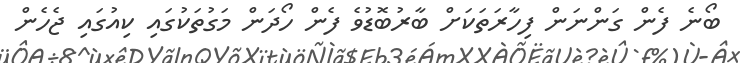
ބޯނެ ފެން ގަންނަން ފިހާރަތަކަށް ބާރުބޮޑުވެ ފެން ހޯދަން މަގުތަކުގައި ކިއުގައި ޖެހެން